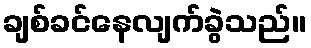
ချစ်ခင်နေလျက်ခွဲသည်။